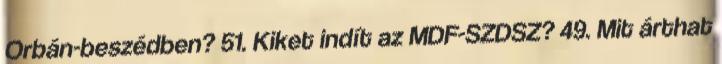
Orbán-beszédben? 51. Kiket indít az MDF-SZDSZ? 49. Mit árthat